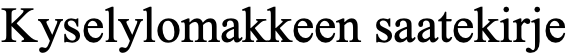
Kyselylomakkeen saatekirje